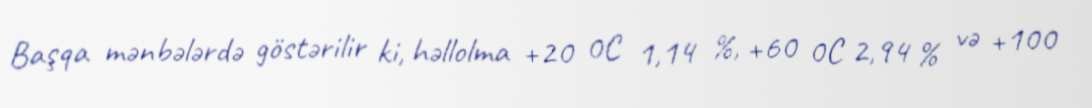
Başqa mənbələrdə göstərilir ki, həllolma +20 0C 1,14 %, +60 0C 2,94 % və +100